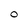
Character: O